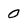
Character: 0